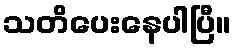
သတိပေးနေပါပြီ။